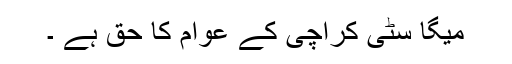
میگا سٹی کراچی کے عوام کا حق ہے ۔